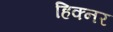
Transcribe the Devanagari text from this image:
हिक्नर